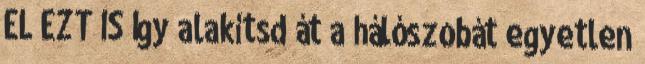
EL EZT IS Így alakítsd át a hálószobát egyetlen